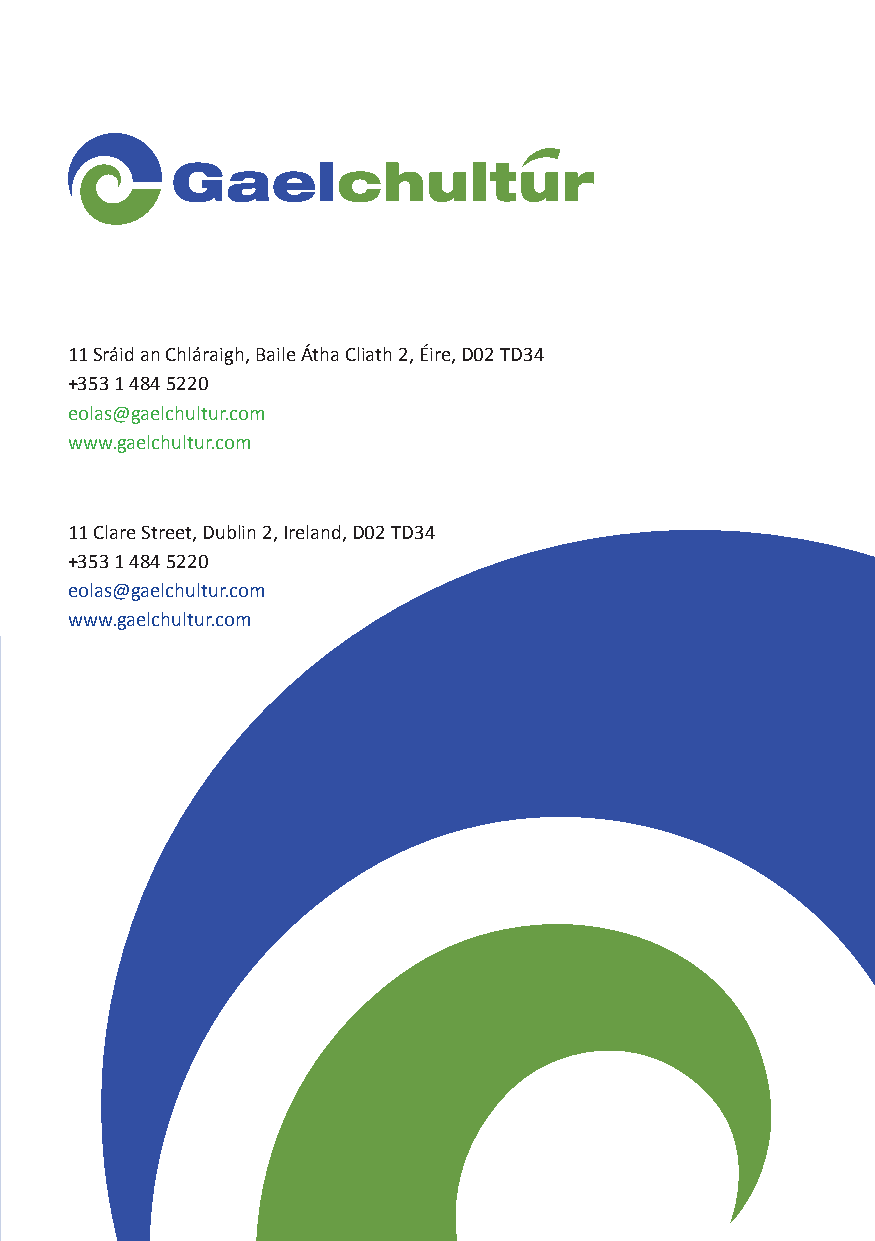
11 Sráid an Chláraigh, Baile Átha Cliath 2, Éire, D02 TD34
 +353 1 484 5220
 eolas@gaelchultur.com
 www.gaelchultur.com
 11 Clare Street, Dublin 2, Ireland, D02 TD34
 +353 1 484 5220
 eolas@gaelchultur.com
 www.gaelchultur.com